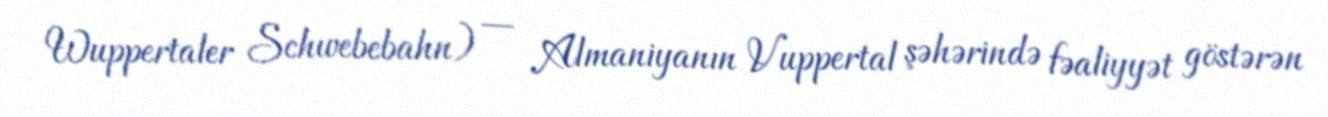
Wuppertaler Schwebebahn) — Almaniyanın Vuppertal şəhərində fəaliyyət göstərən